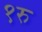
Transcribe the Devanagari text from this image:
१रु